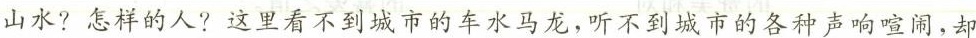
山水?怎样的人?这里看不到城市的车水马龙，听不到城市的各种声响喧闹，却